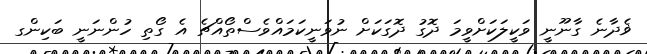
ޥެދާނެ ގާނޫނީ ވަކީލަކަށްވީމަ ދޮގު ދޮގަކަށް ނުވަނީކަމައްވެސްތޯއްޗެ އެ ގޯތި ހުންނަނީ ބަކިންގ